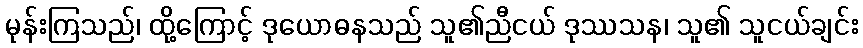
မုန်းကြသည်၊ ထို့ကြောင့် ဒုယောဓနသည် သူ၏ညီငယ် ဒုဿသန၊ သူ၏ သူငယ်ချင်း